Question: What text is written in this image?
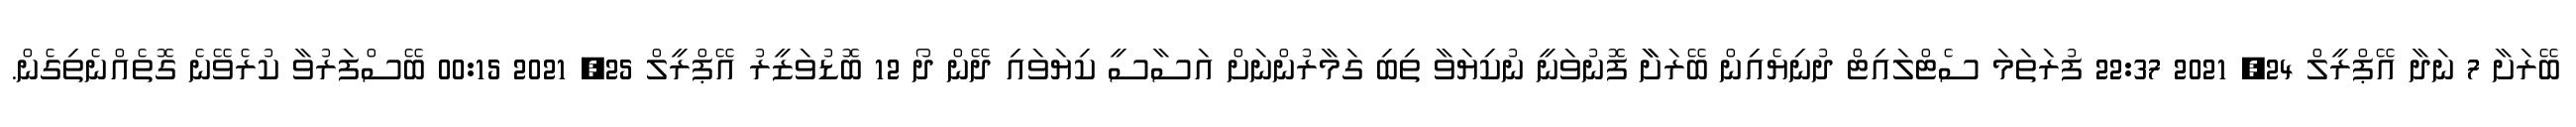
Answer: ބޭރަށާ 7 ނަދާ އޭޕްރީލް 24, 2021 22:37 ފުރަތަމަ ސެޓްލައިޓް ދުނިޔެއިން ބޭރަށާާ ފޮނުވަނީ ނުކިޔަވާ ތިބި ގަމާރުންނަށް އަސާސީ ކިޔަވައި ދޭން ދޯ 12 ބޮޑުވަޒީރު އޭޕްރީލް 25, 2021 00:15 ބޭސްފަރުވާ ކުރެވޭނެ ގޮތެއްނެތިގެން.